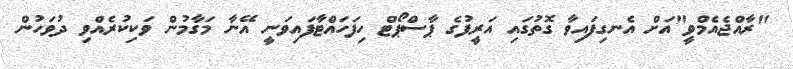
"ރާއްޖެއެމްވީ"އަށް އެނގިފައިވާ ގޮތުގައި އަރީފުގެ ޕާސްޕޯޓް ހިފަހައްޓާފައިވަނީ އޭނާ މަގާމުން ވަކިކުރެއްވި ދުވަހުން